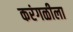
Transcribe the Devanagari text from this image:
करंगळीला